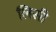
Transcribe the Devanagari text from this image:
लिसी